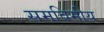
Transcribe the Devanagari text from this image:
समविमीय